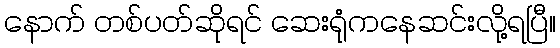
နောက် တစ်ပတ်ဆိုရင် ဆေးရုံကနေဆင်းလို့ရပြီ။